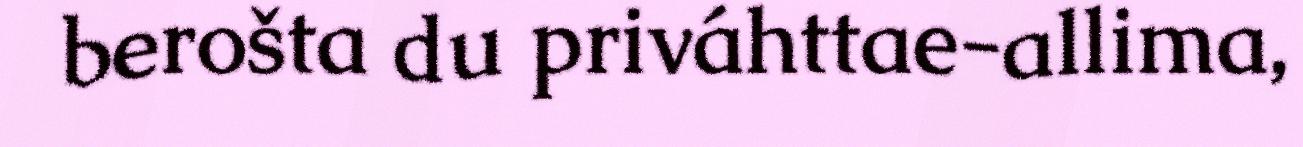
berošta du priváhttae-allima,